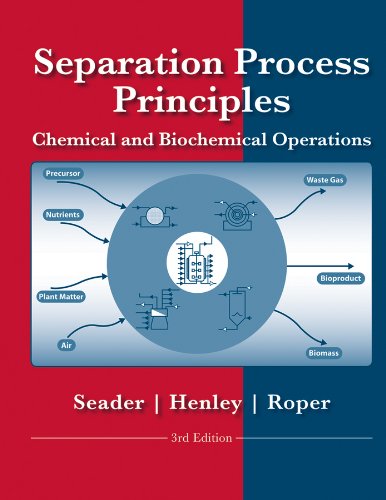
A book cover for Separation Process Principles with Applications using Process Simulators; J. D. Seader; Engineering & Transportation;